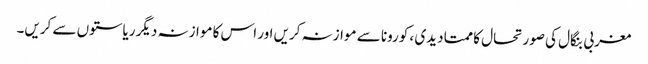
مغربی بنگال کی صورتحال کا ممتا دیدی ، کورونا سے موازنہ کریں اور اس کا موازنہ دیگر ریاستوں سے کریں۔